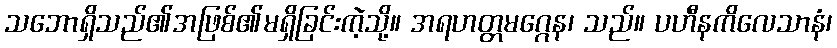
သဘောရှိသည်၏အဖြစ်၏မရှိခြင်းကဲ့သို့။ အရဟတ္တမဂ္ဂေန၊ သည်။ ပဟီနကိလေသာနံ၊